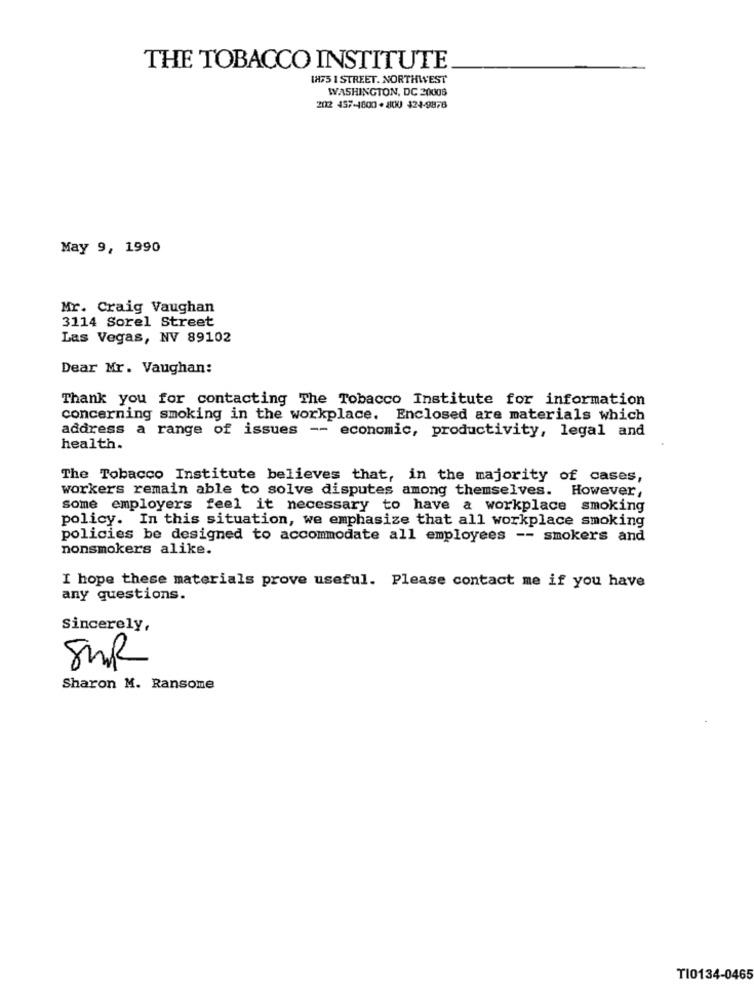
THE TOBACCO INSTITUTE
1875 1 STREET. NORTHWEST
WASHINGTON, DC 20006
2012 457-1800 - 800 424-9878
May 9, 1990
Mr. Craig Vaughan
3114 Sorel Street
Las Vegas, NV 89102
Dear Mr. Vaughan:
Thank you for contacting The Tobacco Institute for information
concerning smoking in the workplace. Enclosed are materials which
address a range of issues -- economic, productivity, legal and
health.
The Tobacco Institute believes that, in the majority of cases,
workers remain able to solve disputes among themselves. However,
some employers feel it necessary to have a workplace smoking
policy. In this situation, we emphasize that all workplace smoking
policies be designed to accommodate all employees -- smokers and
nonsmokers alike.
I hope these materials prove useful. Please contact me if you have
any questions.
Sincerely,
SMR
Sharon M. Ransome
T10134-0465